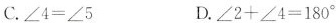
C.$$∠ 4 = ∠ 5$$ D. $$∠ 2 + ∠ 4 = 1 8 0°$$